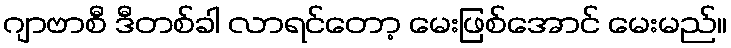
ဂျာဗာစီ ဒီတစ်ခါ လာရင်တော့ မေးဖြစ်အောင် မေးမည်။